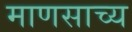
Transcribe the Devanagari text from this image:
माणसाच्य